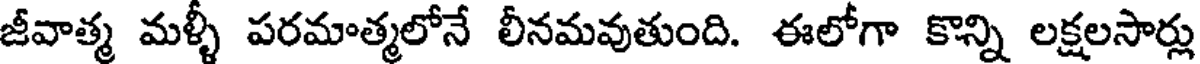
జీవాత్మ మళ్ళీ పరమాత్మలోనే లీనమవుతుంది. ఈలోగా కొన్ని లక్షలసార్లు